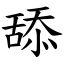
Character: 舔